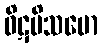
ဝိဋပိသမော